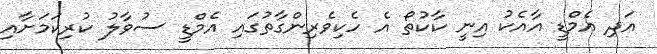
އަދި އެމްޑީ އާއެކު އިނީ ކާކުތޯ އެ ހެކިވެރިންގާތުގައި އެމްޑީ ސުވާލު ކުރިކަމަށާއި